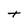
Character: t